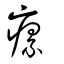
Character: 瘰